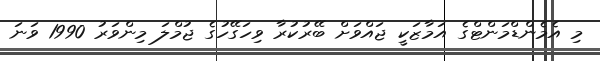
މި އެމެންޑްމަންޓްގެ އަމާޒަކީ ޖައްވަށް ބޭރުކުރާ ވިހަގޭހުގެ ޖުމްލަ މިންވަރު 1990 ވަނަ